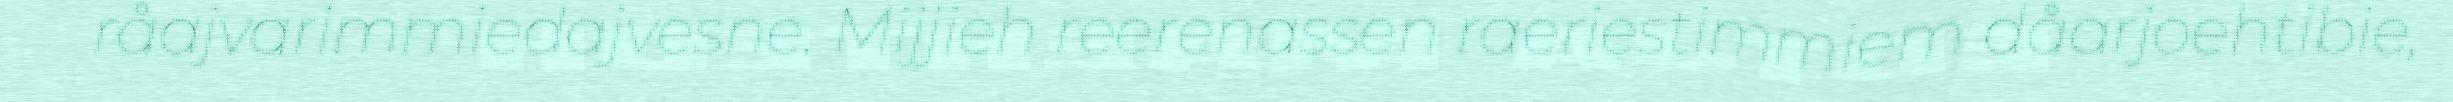
råajvarimmiedajvesne. Mijjieh reerenassen raeriestimmiem dåarjoehtibie,